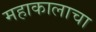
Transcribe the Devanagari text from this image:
महाकालाचा